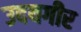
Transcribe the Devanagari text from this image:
उदयगीर